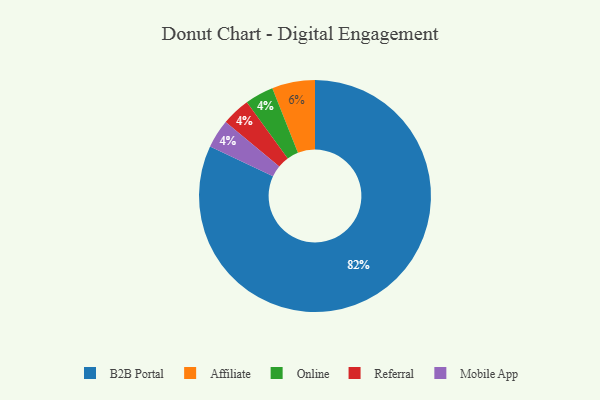
{"axis": {"x": "Category", "y": "Percentage"}, "legend": ["Affiliate", "B2B Portal", "Mobile App", "Online", "Referral"], "data": [{"x": "Online", "y": 4, "type": "Online"}, {"x": "Affiliate", "y": 6, "type": "Affiliate"}, {"x": "Referral", "y": 4, "type": "Referral"}, {"x": "Mobile App", "y": 4, "type": "Mobile App"}, {"x": "B2B Portal", "y": 82, "type": "B2B Portal"}]}